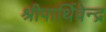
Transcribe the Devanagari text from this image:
श्रीपार्थिवेन्द्र